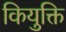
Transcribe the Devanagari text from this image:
कियुक्ति